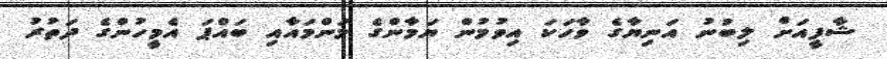
ޝާފީއަށް ލިބުނު އަނިޔާގެ ވާހަކަ އިވުމުން ޔަމާންގެ މަންމައާއި ބައްޕަ އެމީހުންގެ ދަތުރު